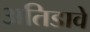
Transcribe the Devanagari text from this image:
अतिडावे